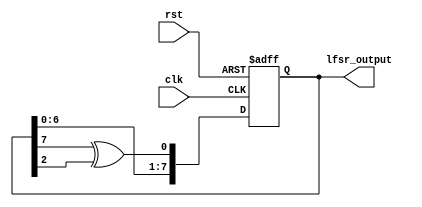
module LFSR_8bit (
  input wire clk,
  input wire rst,
  output wire [7:0]lfsr_output
);

reg [7:0]lfsr_reg;

always @(posedge clk or posedge rst) begin
  if (rst) begin
    lfsr_reg <= 8'b1; // Initial seed value (you can change this)
  end else begin
    lfsr_reg <= {lfsr_reg[6:0], lfsr_reg[7] ^ lfsr_reg[2]}; // XOR taps for an 8-bit LFSR
  end
end

assign lfsr_output = lfsr_reg;

endmodule